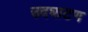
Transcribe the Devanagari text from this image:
उदघाटण